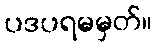
ပဒပရမမှတ်။